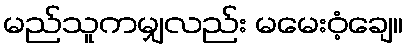
မည်သူကမျှလည်း မမေးဝံ့ချေ။